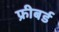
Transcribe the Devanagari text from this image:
फ्रीबर्ड